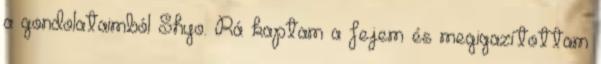
a gondolataimból Shyo. Rá kaptam a fejem és megigazítottam